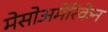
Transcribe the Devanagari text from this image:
मेसोअमेरिकेन